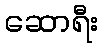
ဆောရီး